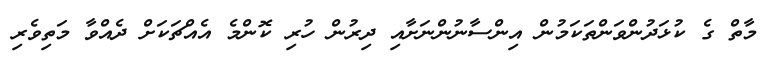
މާތް ގެ ކުޅަދުންވަންތަކަމުން އިންސާނުންނަށާއި ދިރުން ހުރި ކޮންމެ އެއްޗަކަށް ދެއްވާ މަތިވެރި